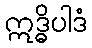
ဣဒ္ဓိပါဒံ